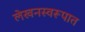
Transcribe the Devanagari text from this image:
लेखनस्वरूपात